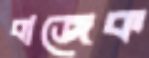
বাজেক